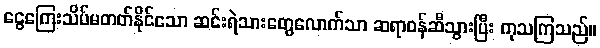
ငွေကြေးသိပ်မတတ်နိုင်သော ဆင်းရဲသားတွေလောက်သာ ဆရာဝန်ဆီသွားပြီး ကုသကြသည်။